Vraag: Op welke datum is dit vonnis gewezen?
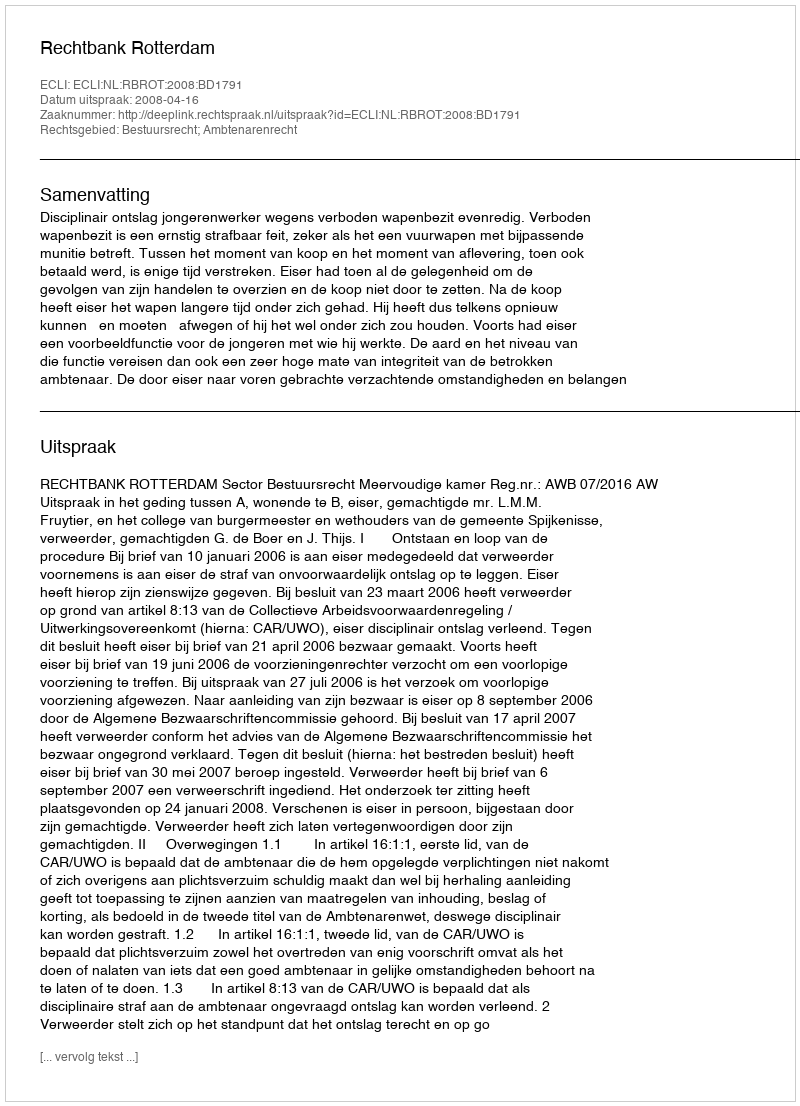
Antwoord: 2008-04-16